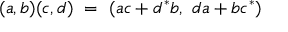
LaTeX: ( a , b ) ( c , d ) \ = \ ( a c + d ^ { * } b , \ d a + b c ^ { * } )